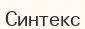
Синтекс